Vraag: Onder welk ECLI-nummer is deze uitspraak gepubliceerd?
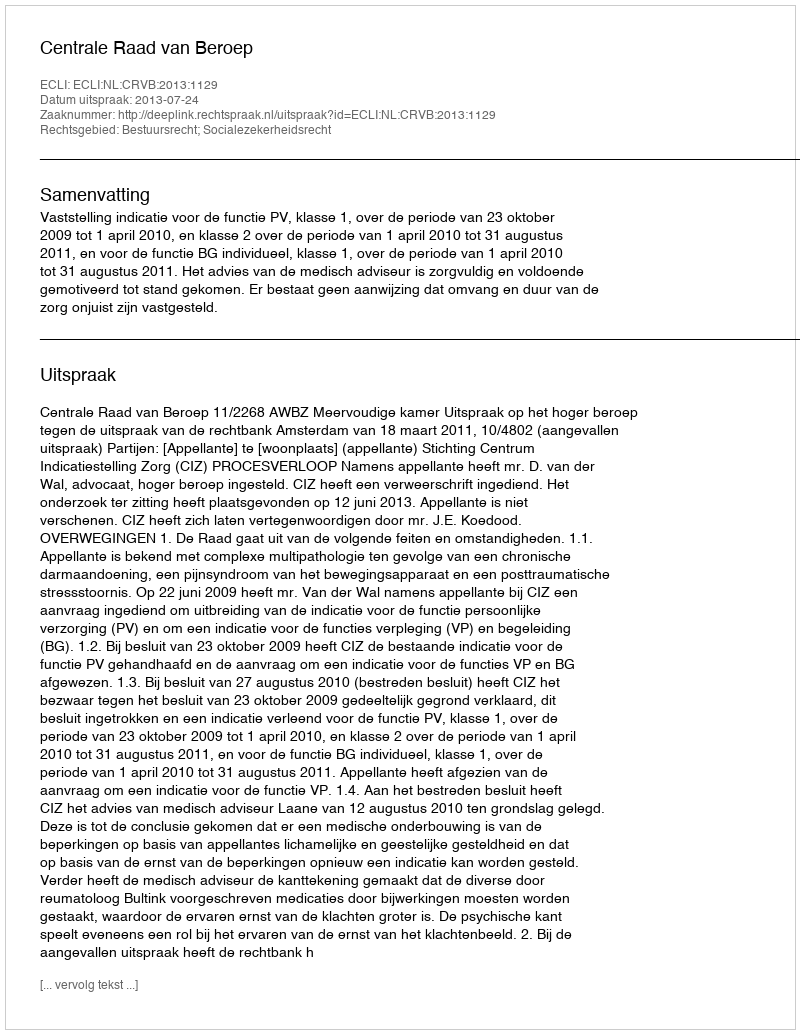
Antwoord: ECLI:NL:CRVB:2013:1129